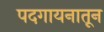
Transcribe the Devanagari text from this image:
पदगायनातून